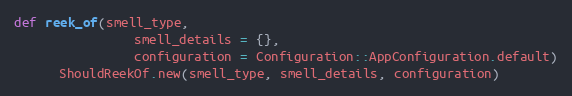
Language: Ruby
def reek_of(smell_type,
                smell_details = {},
                configuration = Configuration::AppConfiguration.default)
      ShouldReekOf.new(smell_type, smell_details, configuration)